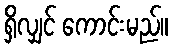
ရှိလျှင် ကောင်းမည်။